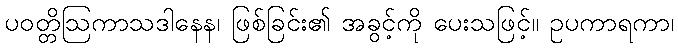
ပဝတ္တိဩကာသဒါနေန၊ ဖြစ်ခြင်း၏ အခွင့်ကို ပေးသဖြင့်။ ဥပကာရကာ၊